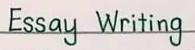
Essay Writing